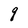
Character: q